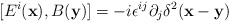
\begin{align*}[E^{i}({\bf x}),B({\bf y})] = -i \epsilon^{ij}\partial_j \delta^2 ({\bf x}-{\bf y})\end{align*}